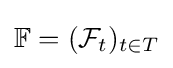
\mathbb {F} =({\mathcal {F}}_{t})_{t\in T}